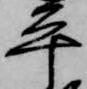
平